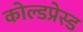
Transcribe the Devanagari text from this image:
कोल्डप्रेस्ड